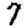
Digit: 7